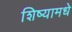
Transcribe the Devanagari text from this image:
शिष्यामधे